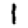
Digit: 1